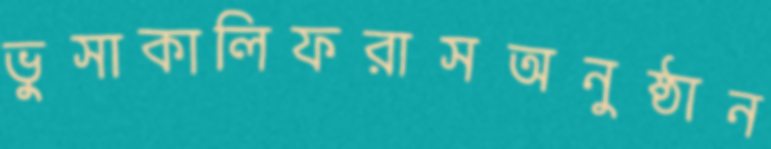
ভুসাকালিফরাসঅনুষ্ঠান